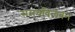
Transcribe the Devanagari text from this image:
समयविलंबन